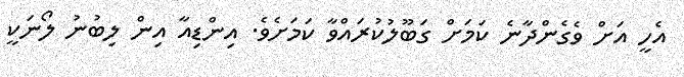
އެހީ އަށް ވެގެންދާނެ ކަމަށް ގަބޫލުކުރައްވާ ކަމަށެވެ. އިންޑިއާ އިން ލިބުނު ލޯނަކީ